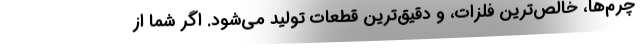
چرم‌ها، خالص‌ترین فلزات، و دقیق‌ترین قطعات تولید می‌شود. اگر شما از